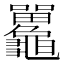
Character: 𪛄